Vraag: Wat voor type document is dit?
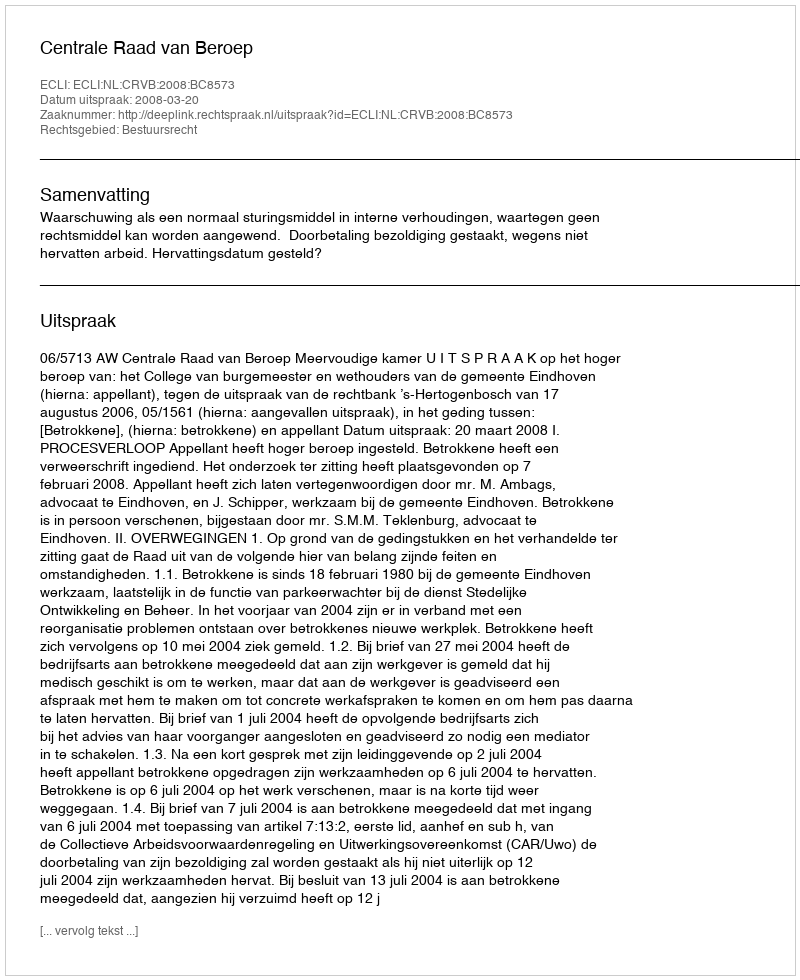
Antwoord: Uitspraak